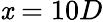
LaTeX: \mathit{x}=10D